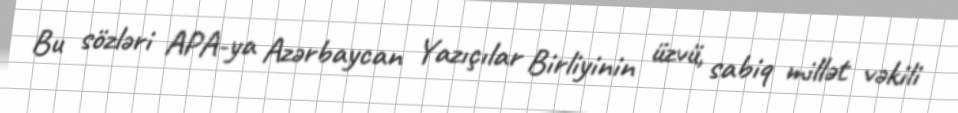
Bu sözləri APA-ya Azərbaycan Yazıçılar Birliyinin üzvü, sabiq millət vəkili